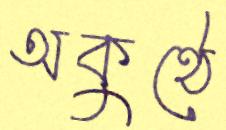
অকুণ্ঠে